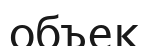
объек